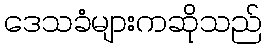
ဒေသခံများကဆိုသည်